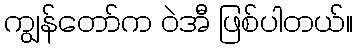
ကျွန်တော်က ဝဲအီ ဖြစ်ပါတယ်။